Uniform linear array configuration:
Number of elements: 32
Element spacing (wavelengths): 1
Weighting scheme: uniform
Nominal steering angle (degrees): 15
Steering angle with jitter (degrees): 14.033
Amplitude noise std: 0.05
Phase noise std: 0.05

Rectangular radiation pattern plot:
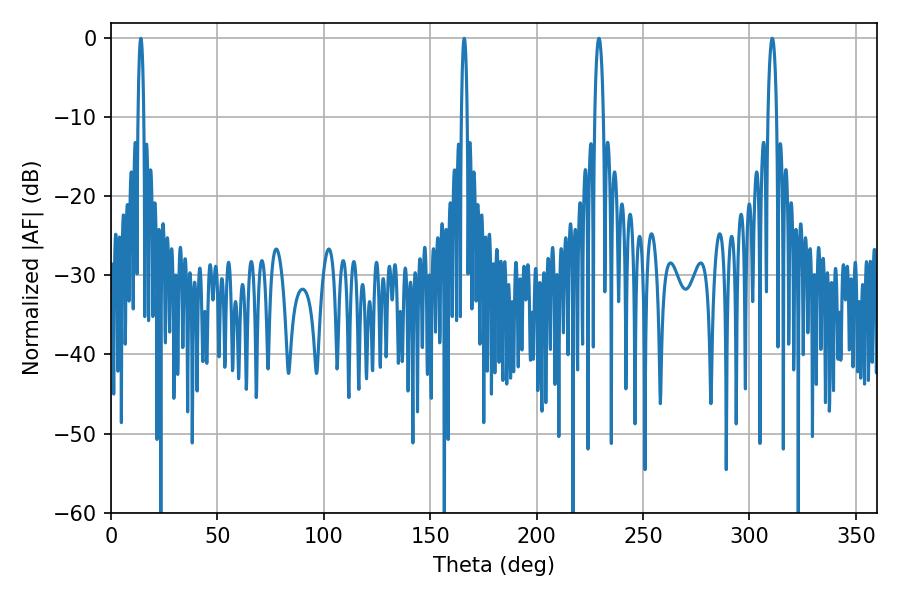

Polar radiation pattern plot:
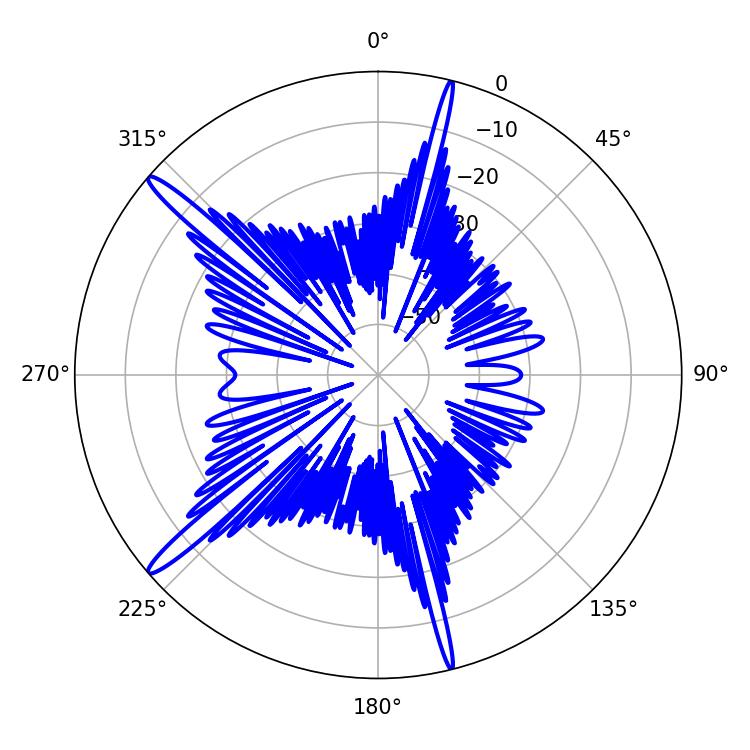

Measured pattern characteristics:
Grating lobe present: TRUE
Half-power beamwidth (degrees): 1.44
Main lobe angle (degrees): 14.04